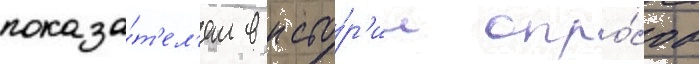
показа́т'ел'ем в исто́р'ии опро́сов